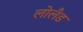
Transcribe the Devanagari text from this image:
लोलँड